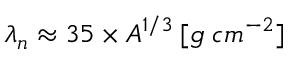
\lambda _ { n } \approx 3 5 \times A ^ { 1 / 3 } \: [ g \; c m ^ { - 2 } ]